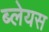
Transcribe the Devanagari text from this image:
ब्लेयस